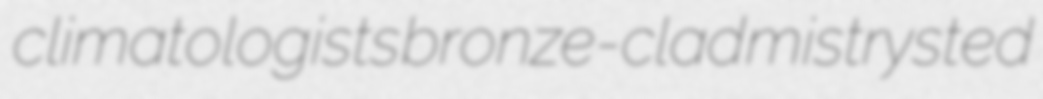
climatologists bronze-clad mistrysted